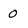
Character: 0